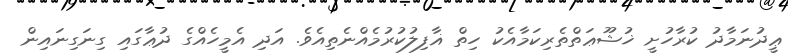
ޢީދުނަމާދު ކުރާހުށީ ޚުޝޫޢަތްތެރިކަމާއެކު ހިތް ޣާފިލުކުރުމެއްނެތިއެވެ. އަދި އެމީހެއްގެ ދުޢާގައި ގިނަގިނައިން